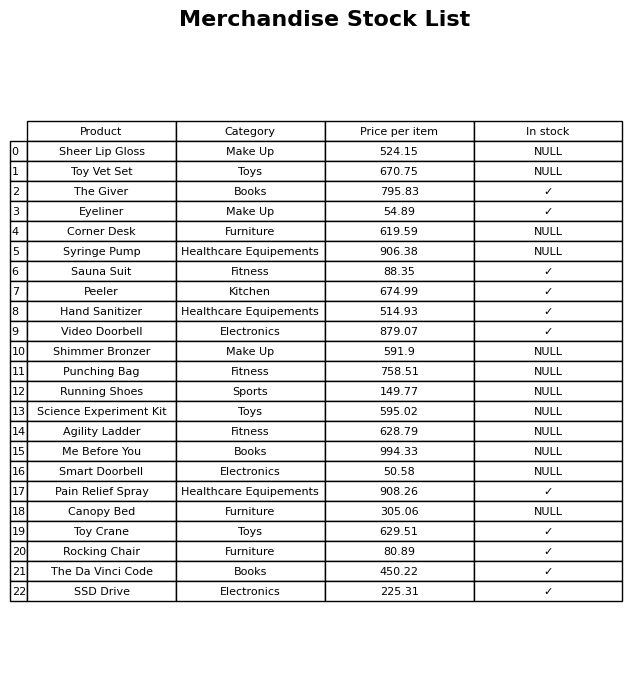
question: What is the price for Corner Desk?
answer: The price of Corner Desk is 619.59.